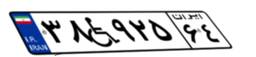
۳۸W۹۲۵۶۴